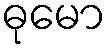
ဓုမော